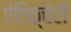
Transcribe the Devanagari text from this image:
एंटिक्चेरी